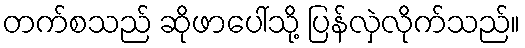
တက်စသည် ဆိုဖာပေါ်သို့ ပြန်လှဲလိုက်သည်။